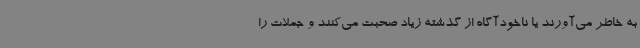
به خاطر می‌آورند یا ناخودآگاه از گذشته زیاد صحبت می‌کنند و جملات را